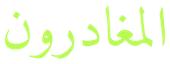
المغادرون